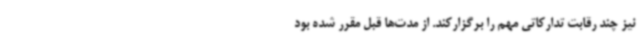
نیز چند رقابت تدارکاتی مهم را برگزارکند. از مدت‌ها قبل مقرر شده بود